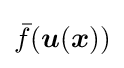
{\bar {f}}({\boldsymbol {u}}({\boldsymbol {x}}))